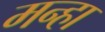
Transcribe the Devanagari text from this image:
मन्हा